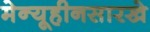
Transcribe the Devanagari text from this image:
मेन्यूहीनसारखे